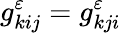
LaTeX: g_{kij}^{\varepsilon}=g_{kji}^{\varepsilon}